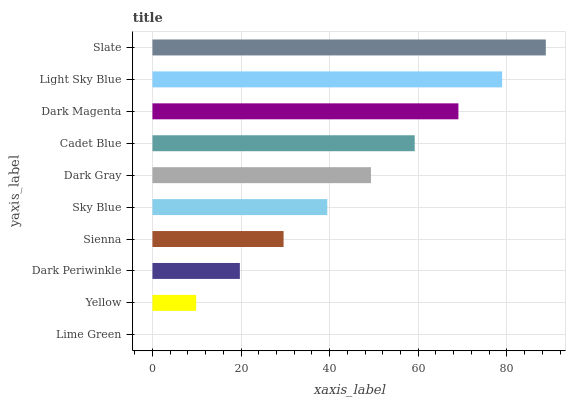
| yaxis_label | bars |
 | --- | --- |
 | Lime Green | 0 |
 | Yellow | 9.87 |
 | Dark Periwinkle | 19.7 |
 | Sienna | 29.6 |
 | Sky Blue | 39.5 |
 | Dark Gray | 49.3 |
 | Cadet Blue | 59.2 |
 | Dark Magenta | 69.1 |
 | Light Sky Blue | 78.9 |
 | Slate | 88.8 |